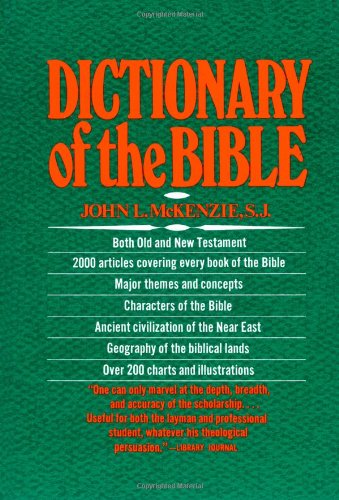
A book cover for Dictionary Of The Bible; John L. Mckenzie; Christian Books & Bibles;